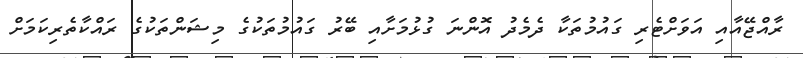
ރާއްޖޭއާއި އަވަށްޓެރި ގައުމުތަކާ ދެމެދު އޮންނަ ގުޅުމަށާއި ބޭރު ގައުމުތަކުގެ މިޝަންތަކުގެ ރައްކާތެރިކަމަށް